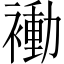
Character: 𬡬